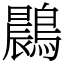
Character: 鷐